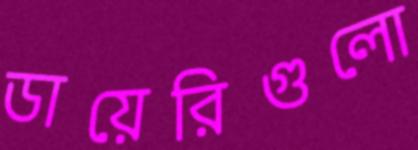
ডায়েরিগুলো